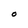
Character: O